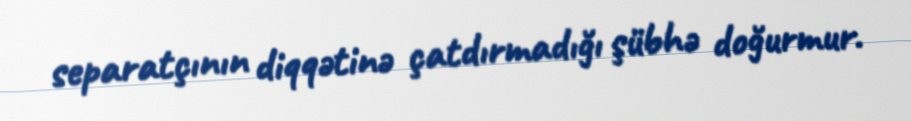
separatçının diqqətinə çatdırmadığı şübhə doğurmur.